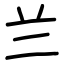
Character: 兰